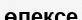
өлексе